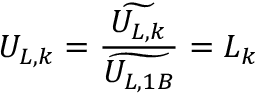
U _ { L , k } = \frac { \widetilde { U _ { L , k } } } { \widetilde { U _ { L , 1 B } } } = L _ { k }